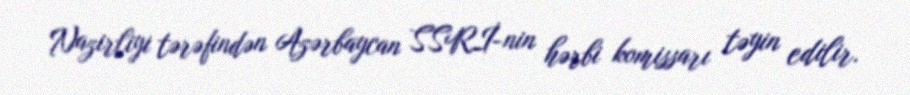
Nazirliyi tərəfindən Azərbaycan SSRİ-nin hərbi komissarı təyin edilir.